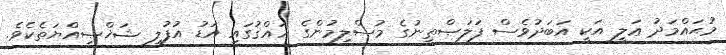
މުޙައްމަދު ޢަލީ އަކީ އަބަދުވެސް ފަލަޞްޠީނުގެ މުސްލިމުންގެ ހައްޤުގައި އަޑު އުފުލި ޝަޚްޞިއްޔަތެކެވެ.